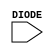
module sky130_fd_sc_lp__diode (
    DIODE
);

    // Module ports
    input DIODE;
     // No contents.
endmodule